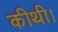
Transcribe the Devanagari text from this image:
कीथी।